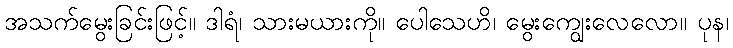
အသက်မွေးခြင်းဖြင့်။ ဒါရံ၊ သားမယားကို။ ပေါသေဟိ၊ မွေးကျွေးလေလော။ ပုန၊